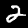
Digit: 2